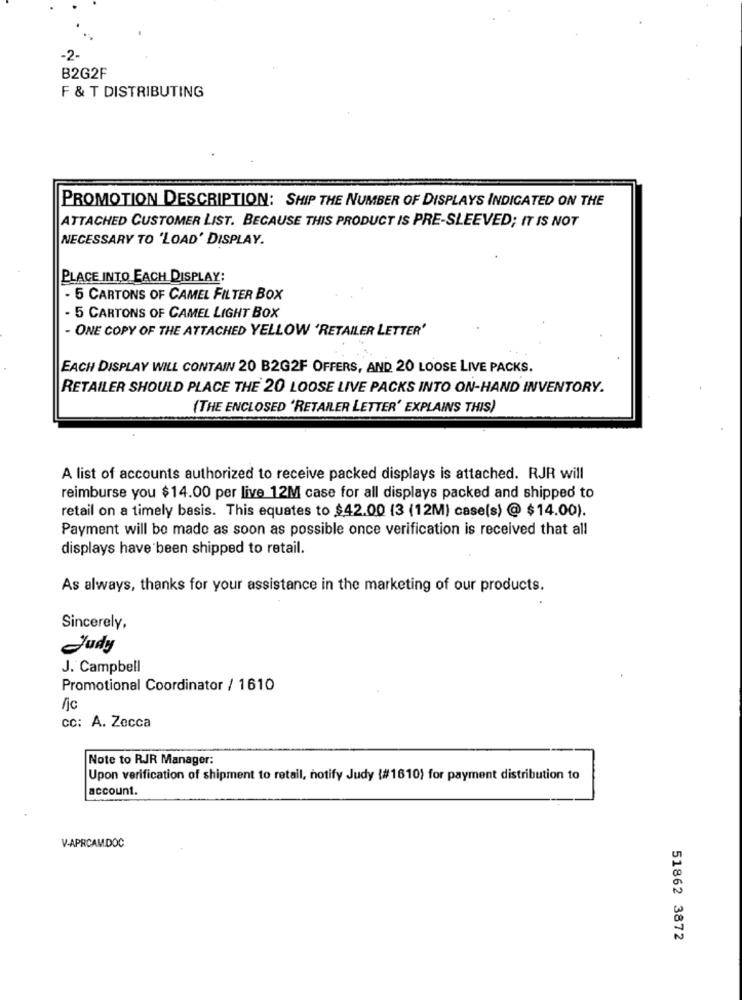
-2-
B2G2F
F & T DISTRIBUTING
PROMOTION DESCRIPTION: SHIP THE NUMBER OF DISPLAYS INDICATED ON THE
ATTACHED CUSTOMER LIST. BECAUSE THIS PRODUCT IS PRE-SLEEVED; IT IS NOT
NECESSARY TO 'LOAD' DISPLAY.
PLACE INTO EACH DISPLAY:
- 5 CARTONS OF CAMEL FILTER BOX
- 5 CARTONS OF CAMEL LIGHT BOX
- ONE COPY OF THE ATTACHED YELLOW 'RETAILER LETTER'
EACH DISPLAY WILL CONTAIN 20 B2G2F OFFERS, AND 20 LOOSE LIVE PACKS.
RETAILER SHOULD PLACE THE 20 LOOSE LIVE PACKS INTO ON-HAND INVENTORY.
(THE ENCLOSED 'RETAILER LETTER' EXPLAINS THIS)
A list of accounts authorized to receive packed displays is attached. RJR will
reimburse you $14.00 per live 12M case for all displays packed and shipped to
retail on a timely basis. This equates to $42.00 (3 (12M) case(s) @ $14.00).
Payment will be made as soon as possible once verification is received that all
displays have been shipped to retail.
As always, thanks for your assistance in the marketing of our products.
Sincerely,
Judy
J. Campbell
Promotional Coordinator / 1610
fjc
cc: A. Zecca
Note to RJR Manager:
Upon verification of shipment to retail, notify Judy (#1610) for payment distribution to
account.
V-APRCAMDOC
51862 3872